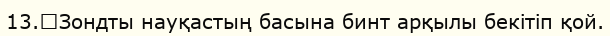
13.	Зондты науқастың басына бинт арқылы бекітіп қой.